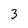
Character: 3